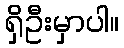
ရှိဦးမှာပါ။